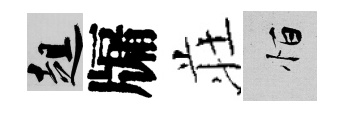
趄牖荘恒